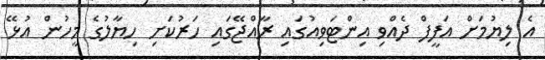
އެ ލިޔުމަށް އަފީފް ދެއްވި އިންޓަވިއުގައި ރާއްޖޭގައި ހަރުކަށި ހިޔާލުގެ މީހުން އުޅޭ